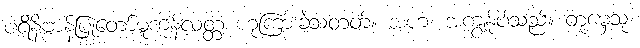
ပရိနိဗ္ဗာန်ပြုတော်မူကုန်လတ္တံ့ ဟုကြားခဲ့သတတ်။ အဟံ၊ အကျွန်ုပ်သည်။ တုမှေသု၊